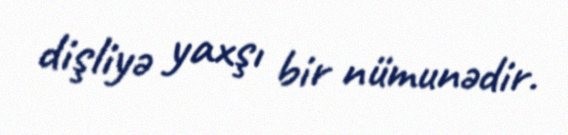
dişliyə yaxşı bir nümunədir.